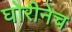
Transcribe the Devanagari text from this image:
घोरीनेच